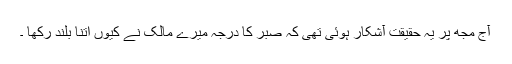
آج مجھ پر یہ حقیقت آشکار ہوئی تھی کہ صبر کا درجہ میرے مالک نے کیوں اتنا بلند رکھا ۔